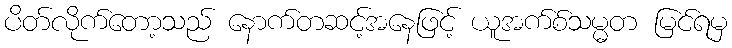
ပိတ်လိုက်တော့သည် နောက်တဆင့်အနေဖြင့် ယူအက်စ်သမ္မတ မြင်ရမှ